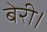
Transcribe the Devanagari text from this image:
बेरी।